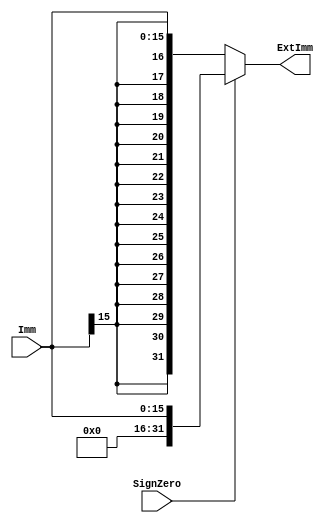
module SignExtend(
    input       [15:0]  Imm,
    input               SignZero,
    output      [31:0]  ExtImm
);

/***********        SignExtender description                          ***********/
assign ExtImm = SignZero? {16'b0,Imm} : {{16{Imm[15]}}, Imm};

endmodule